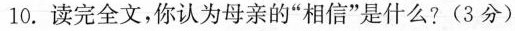
10.读完全文，你认为母亲的“相信”是什么?(3分)